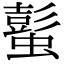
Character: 蟚